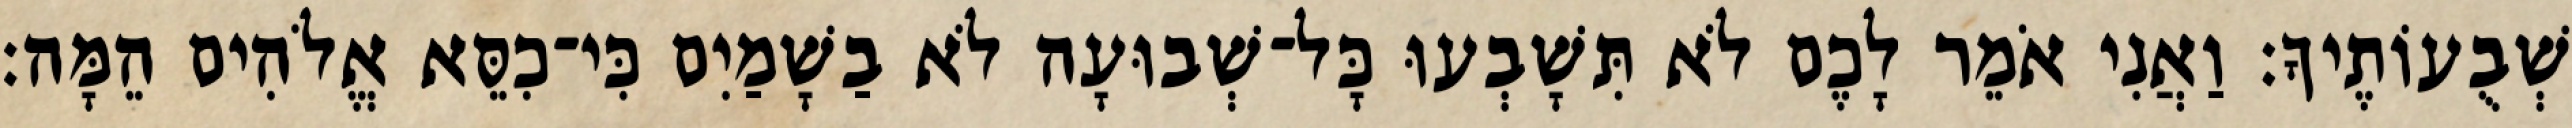
שְׁבֻעוֹתֶיךָ׃ וַאֲנִי אֹמֵר לָכֶם לֹא תִּשָׁבְעוּ כָּל־שְׁבוּעָה לֹא בַשָׁמַיִם כִּי־כִסֵּא אֱלֹהִים הֵמָּה׃